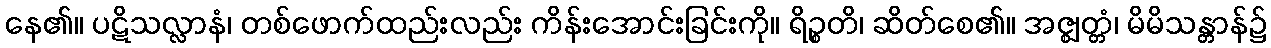
နေ၏။ ပဋိသလ္လာနံ၊ တစ်ဖောက်ထည်းလည်း ကိန်းအောင်းခြင်းကို။ ရိဉ္စတိ၊ ဆိတ်စေ၏။ အဇ္ဈတ္တံ၊ မိမိသန္တာန်၌